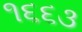
૧૬૬૩